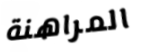
المراهنة